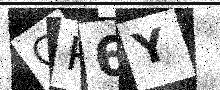
Text: GP6Y